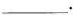
____.